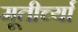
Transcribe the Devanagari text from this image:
मूतीर्च्या